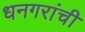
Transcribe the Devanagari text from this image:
धनगरांची